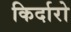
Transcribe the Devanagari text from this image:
किर्दारो